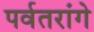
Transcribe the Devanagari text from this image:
पर्वतरांगे